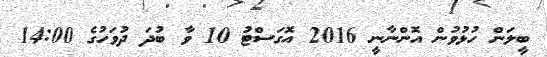
ބީލަން ހުޅުވުން އޮންނާނީ 2016 އޮގަސްޓު 10 ވާ ބުދަ ދުވަހުގެ 14:00